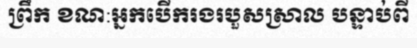
ព្រឹក ខណ:អ្នកបើករងរបួសស្រាល បន្ទាប់ពី